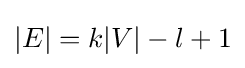
|E|=k|V|-l+1